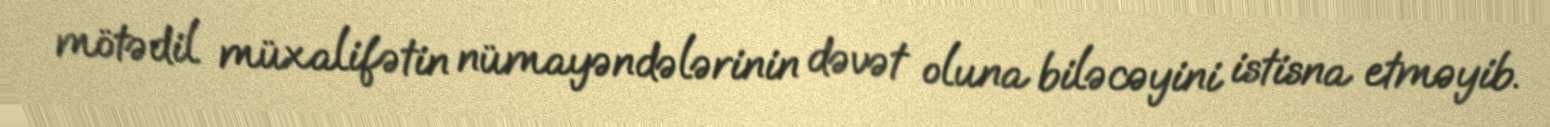
mötədil müxalifətin nümayəndələrinin dəvət oluna biləcəyini istisna etməyib.